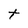
Character: t